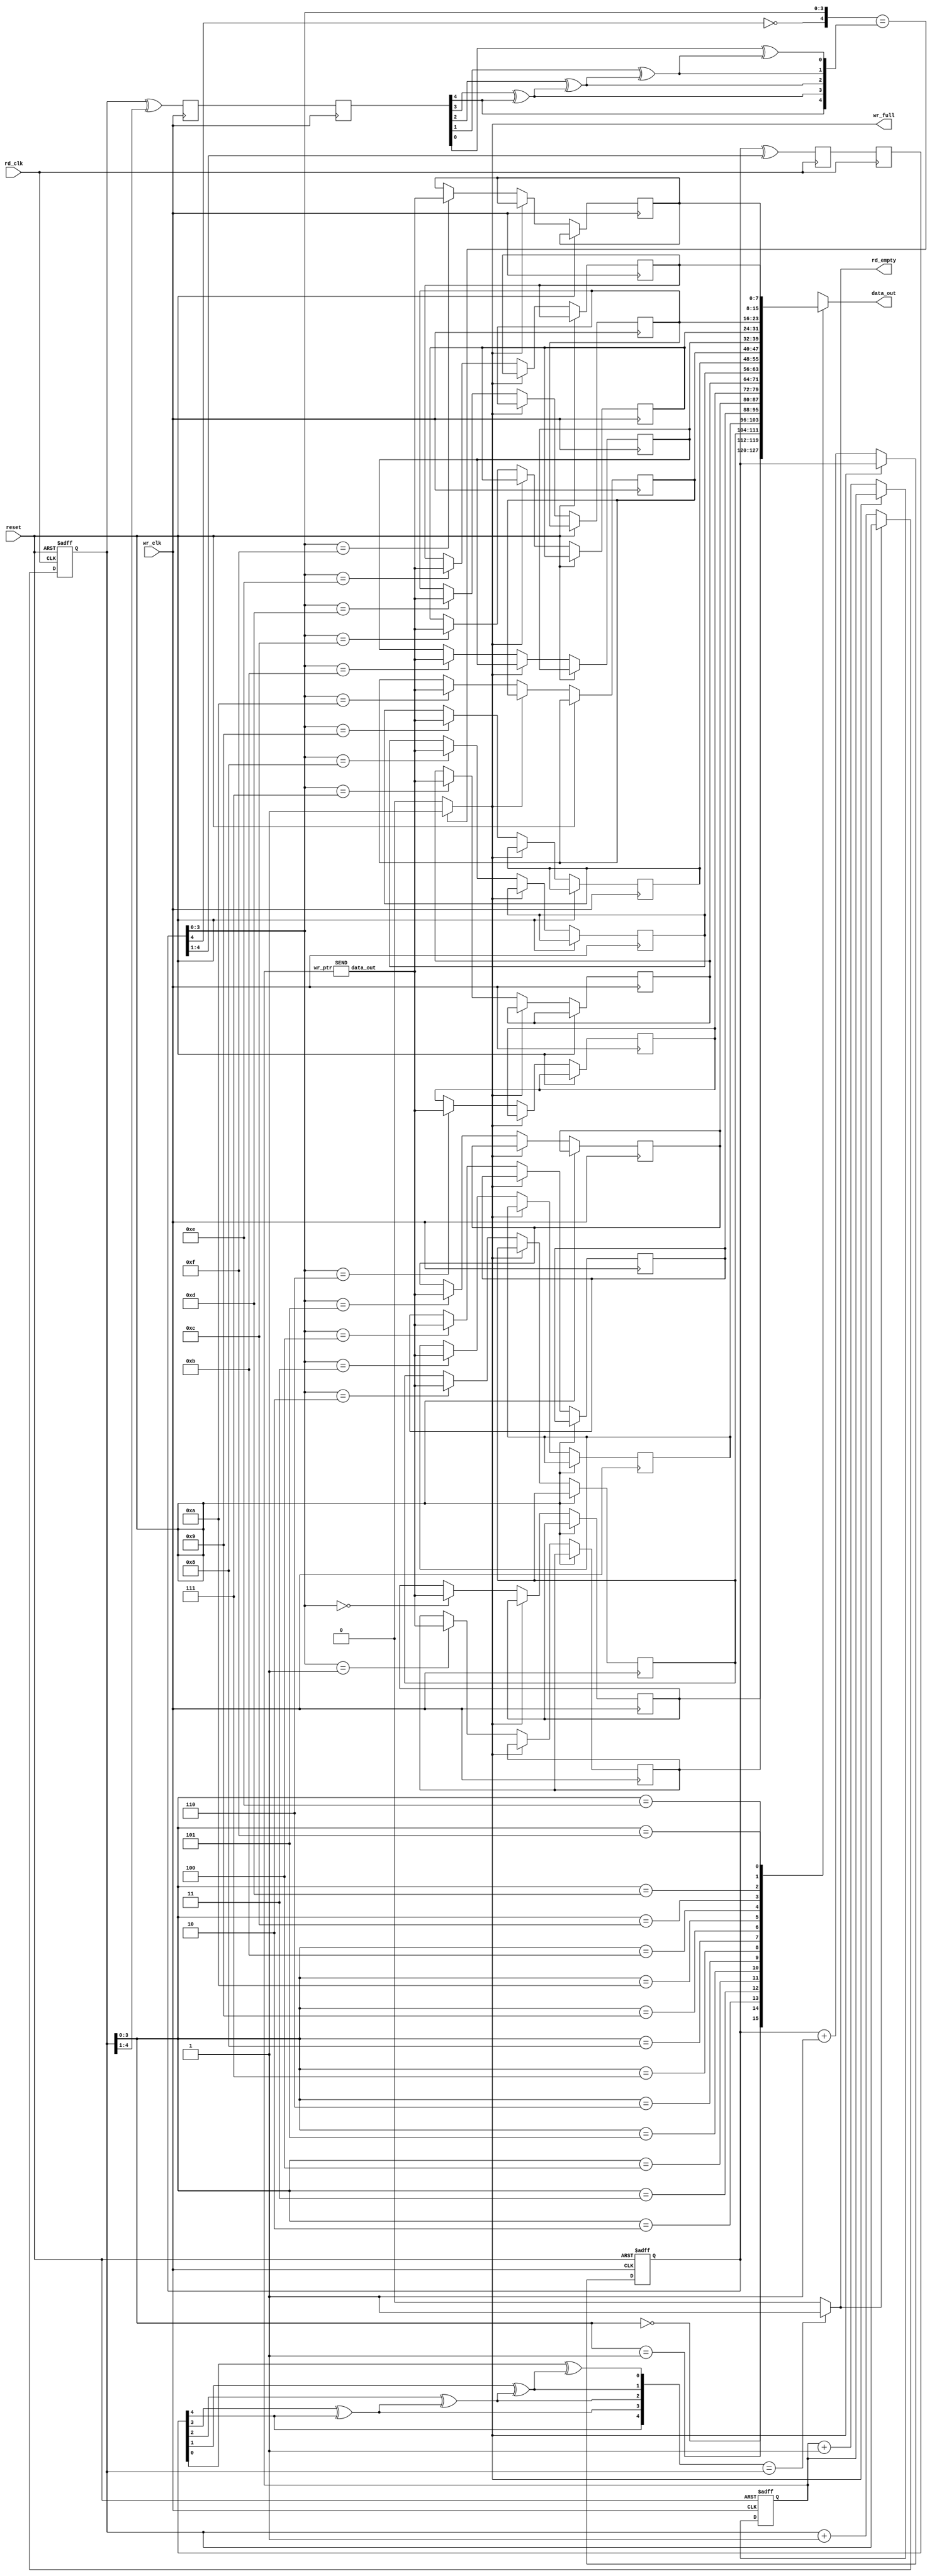
`timescale 1ns / 1ps


module async_fifo(data_out, wr_full, rd_empty,
rd_clk, wr_clk, reset);

parameter WIDTH = 8;
parameter POINTER = 4; //pointer has 4 bits, represents fifo depth is 16.
input rd_clk, wr_clk, reset;

output [WIDTH-1 : 0] data_out;
output wr_full, rd_empty;

wire [WIDTH-1 : 0] data_in; //why wire why not as an input? bcoz data_in is a wire between the transmitter 'SEND' and the FIFO.


reg [POINTER : 0] rd_pointer, rd_sync_1, rd_sync_2; //5-bit
reg [POINTER : 0] wr_pointer, wr_sync_1, wr_sync_2;
wire [POINTER:0] rd_pointer_g,wr_pointer_g;   // grey code read & write pointers.
wire [POINTER : 0] rd_pointer_sync;
wire [POINTER: 0] wr_pointer_sync;

parameter DEPTH = 1 << POINTER; ///i.e., 2^4 = 16 i.e., 10000.

reg [WIDTH-1 : 0] memory [DEPTH-1 : 0]; // [7:0]memory[15:0] means you have 8 bits wide, 16 blocks.


reg full,empty; //full =1 if fifo is full. these are later into wr_full, rd_empty
reg [7:0] tr_ptr; //why 8 bit????

//--write logic--//

always @(posedge wr_clk or posedge reset) begin
if (reset) begin
wr_pointer <= 0;
tr_ptr<=0;
end
else if (full == 1'b0) begin
wr_pointer <= wr_pointer + 1;
tr_ptr<=tr_ptr+1;
memory[wr_pointer[POINTER-1 : 0]] <= data_in; //this data_in comes transmitter 'SEND'
end
end

SEND s(tr_ptr,data_in); //tr_ptr and wr_pointer will always point to same value.

//--read pointer synchronizer controlled by write clock--//

always @(posedge wr_clk) begin
rd_sync_1 <= rd_pointer_g; //wire [POINTER:0] rd_pointer_g; it's grey code read pointer
rd_sync_2 <= rd_sync_1;
end

//--read logic--//

always @(posedge rd_clk or posedge reset) begin
if (reset) begin
rd_pointer <= 0;
end
else if (empty == 1'b0) begin
rd_pointer <= rd_pointer + 1;
end
end

//--write pointer synchronizer controlled by read clock--//

always @(posedge rd_clk) begin
wr_sync_1 <= wr_pointer_g; //wire [POINTER:0] wr_pointer_g; 
wr_sync_2 <= wr_sync_1;
end

//setting up the full flags
always @(*)
begin
if({~wr_pointer[POINTER],wr_pointer[POINTER-1:0]}==rd_pointer_sync) //wire [POINTER : 0] rd_pointer_sync;
full = 1;
else
full = 0;
end

//setting up the empty flags
always @(*)
begin
if(wr_pointer_sync==rd_pointer) //wire [POINTER: 0] wr_pointer_sync;
empty = 1;
else
empty = 0;
end

assign data_out = memory[rd_pointer[POINTER-1 : 0]];


//--binary code to gray code--//

assign wr_pointer_g = wr_pointer ^ (wr_pointer >> 1); //1011 in binary is 1110 in gray
assign rd_pointer_g = rd_pointer ^ (rd_pointer >> 1);

//--gray code to binary code--//

assign wr_pointer_sync[4]=wr_sync_2[4];   //doesn't these all run concurrent??
assign wr_pointer_sync[3]=wr_sync_2[3] ^ wr_pointer_sync[4];
assign wr_pointer_sync[2]=wr_sync_2[2] ^ wr_pointer_sync[3];
assign wr_pointer_sync[1]=wr_sync_2[1] ^ wr_pointer_sync[2];
assign wr_pointer_sync[0]=wr_sync_2[0] ^ wr_pointer_sync[1];


assign rd_pointer_sync[4]=rd_sync_2[4];
assign rd_pointer_sync[3]=rd_sync_2[3] ^ rd_pointer_sync[4];
assign rd_pointer_sync[2]=rd_sync_2[2] ^ rd_pointer_sync[3];
assign rd_pointer_sync[1]=rd_sync_2[1] ^ rd_pointer_sync[2];
assign rd_pointer_sync[0]=rd_sync_2[0] ^ rd_pointer_sync[1];

assign wr_full = full;
assign rd_empty = empty;

endmodule



module SEND(wr_ptr,data_out);

output [7:0] data_out;
input [7:0] wr_ptr;
reg [7:0] input_rom [255:0];
integer i;
initial begin

for(i=0;i<255;i=i+1)
input_rom[i] = i+10;
end

assign data_out = input_rom[wr_ptr];

endmodule